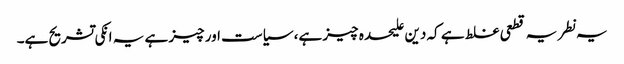
یہ نطریہ قطعی غلط ہے کہ دین علیحدہ چیز ہے، سیاست اور چیز ہے یہ انکی تشریح ہے۔